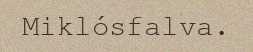
Miklósfalva.